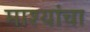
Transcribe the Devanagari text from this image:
माश्यांचा